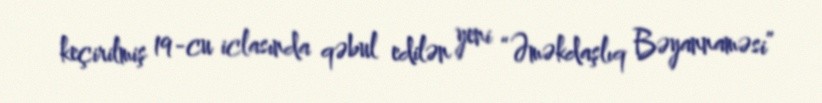
keçirilmiş 19-cu iclasında qəbul edilən yeni “Əməkdaşlıq Bəyannaməsi”